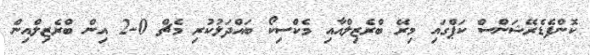
ކޮންފެޑެރޭޝަންސް ކަޕްގައި މިރޭ ބްރެޒިލްއާއި މެކްސިކޯ ބައްދަލުކުރި މެޗް 0-2 އިން ބްރެޒިލްއިން